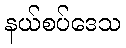
နယ်စပ်ဒေသ